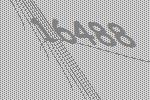
16488